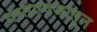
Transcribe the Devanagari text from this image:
दस्तएवजातून